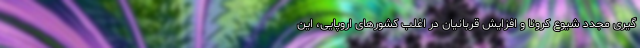
گیری مجدد شیوع کرونا و افزایش قربانیان در اغلب کشورهای اروپایی، این